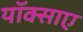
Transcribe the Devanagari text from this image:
यॉक्साए